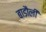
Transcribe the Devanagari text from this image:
बाडौली